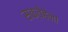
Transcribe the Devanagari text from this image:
सक्वेहेना